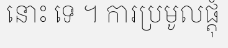
នោះ ទេ ។ ការប្រមូលផ្តុំ